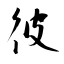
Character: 彼